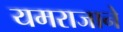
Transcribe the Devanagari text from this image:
यमराजाने